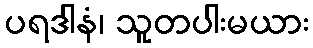
ပရဒါနံ၊ သူတပါးမယား